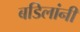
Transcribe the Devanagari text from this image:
बडिलांनी